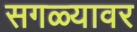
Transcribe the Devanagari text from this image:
सगळ्यावर